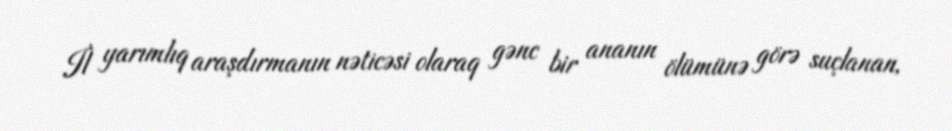
İl yarımlıq araşdırmanın nəticəsi olaraq gənc bir ananın ölümünə görə suçlanan,